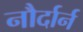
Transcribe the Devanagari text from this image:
नौर्दार्न